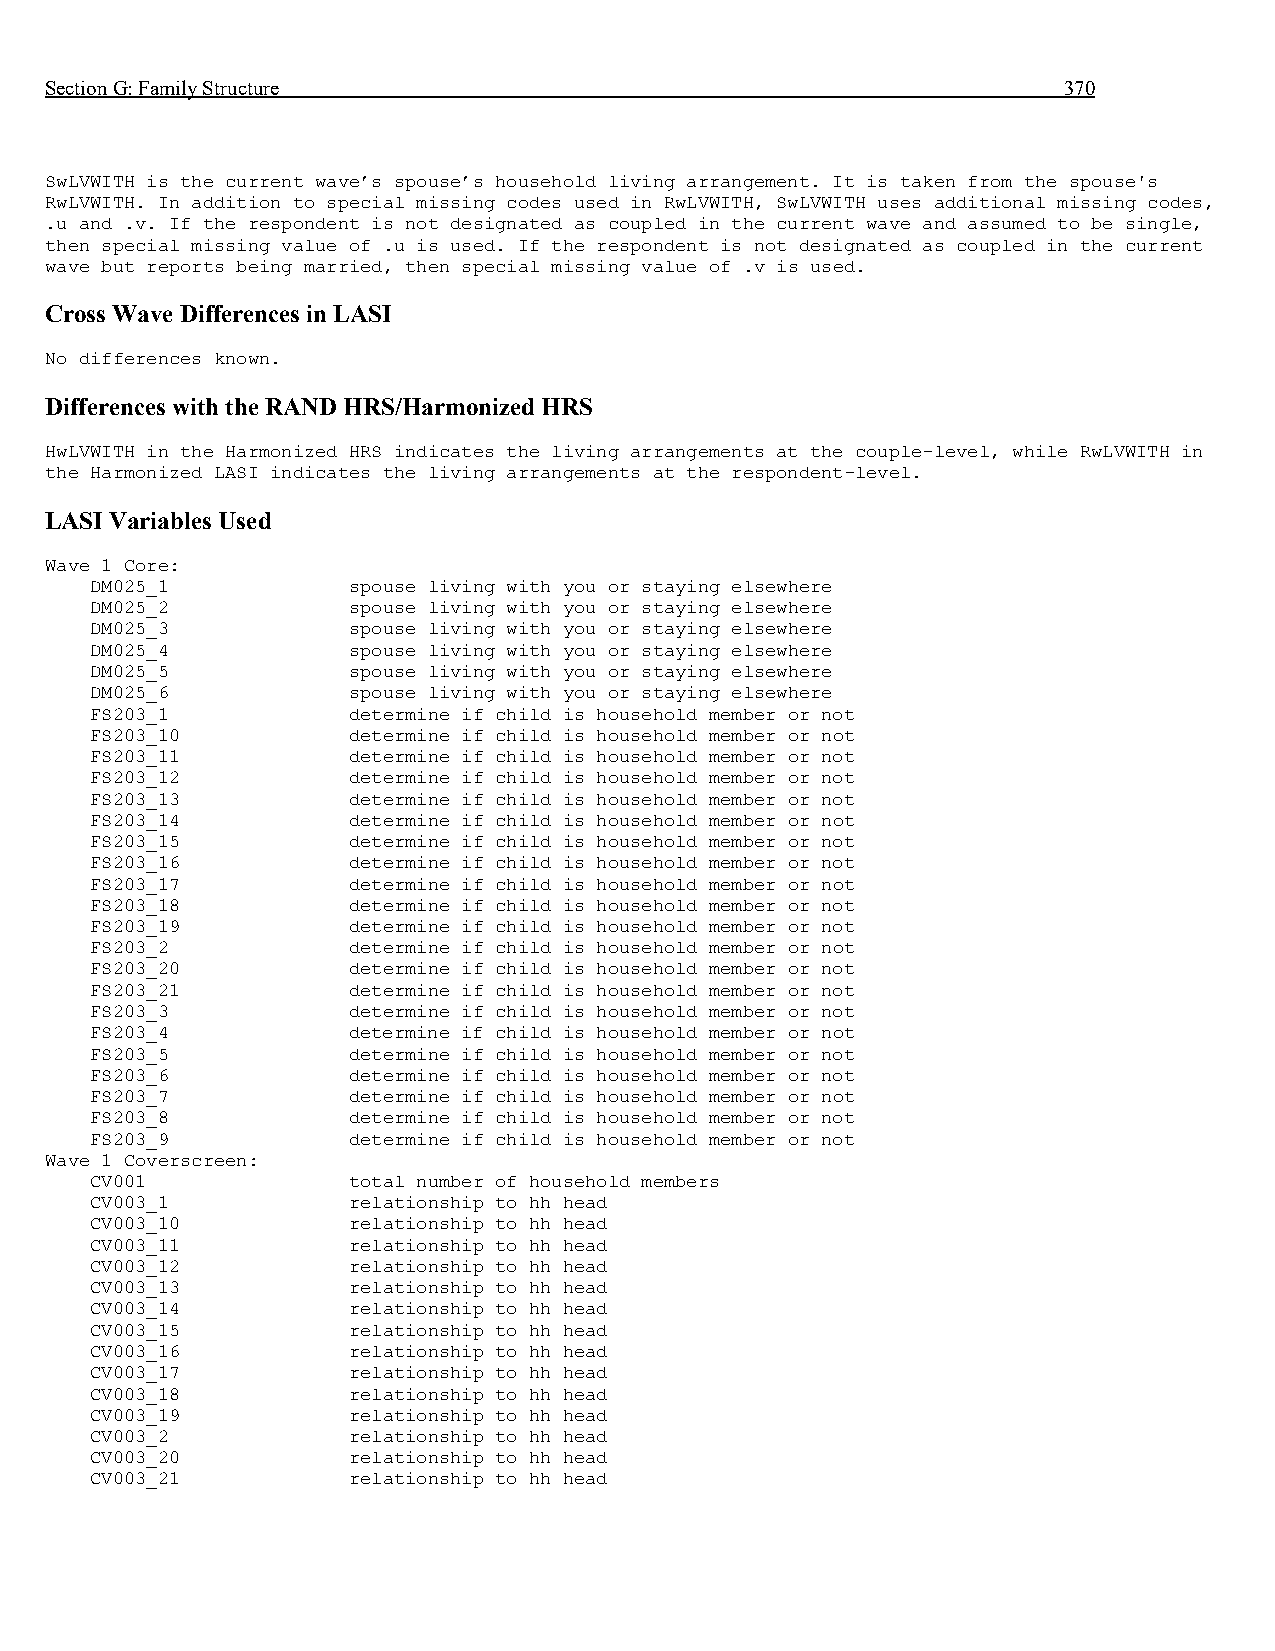
Section G: Family Structure                                        370
 SwLVWITH is the current wave’s spouse’s household living arrangement. It is taken from the spouse's
 RwLVWITH. In addition to special missing codes used in RwLVWITH, SwLVWITH uses additional missing codes,
 .u and .v. If the respondent is not designated as coupled in the current wave and assumed to be single,
 then special missing value of .u is used. If the respondent is not designated as coupled in the current
 wave but reports being married, then special missing value of .v is used.
 Cross Wave Differences in LASI
 No differences known.
 Differences with the RAND HRS/Harmonized HRS
 HwLVWITH in the Harmonized HRS indicates the living arrangements at the couple-level, while RwLVWITH in
 the Harmonized LASI indicates the living arrangements at the respondent-level.
 LASI Variables Used
 Wave 1 Core:
 DM025_1          spouse living with you or staying elsewhere
 DM025_2          spouse living with you or staying elsewhere
 DM025_3          spouse living with you or staying elsewhere
 DM025_4          spouse living with you or staying elsewhere
 DM025_5          spouse living with you or staying elsewhere
 DM025_6          spouse living with you or staying elsewhere
 FS203_1          determine if child is household member or not
 FS203_10         determine if child is household member or not
 FS203_11         determine if child is household member or not
 FS203_12         determine if child is household member or not
 FS203_13         determine if child is household member or not
 FS203_14         determine if child is household member or not
 FS203_15         determine if child is household member or not
 FS203_16         determine if child is household member or not
 FS203_17         determine if child is household member or not
 FS203_18         determine if child is household member or not
 FS203_19         determine if child is household member or not
 FS203_2          determine if child is household member or not
 FS203_20         determine if child is household member or not
 FS203_21         determine if child is household member or not
 FS203_3          determine if child is household member or not
 FS203_4          determine if child is household member or not
 FS203_5          determine if child is household member or not
 FS203_6          determine if child is household member or not
 FS203_7          determine if child is household member or not
 FS203_8          determine if child is household member or not
 FS203_9          determine if child is household member or not
 Wave 1 Coverscreen:
 CV001            total number of household members
 CV003_1          relationship to hh head
 CV003_10         relationship to hh head
 CV003_11         relationship to hh head
 CV003_12         relationship to hh head
 CV003_13         relationship to hh head
 CV003_14         relationship to hh head
 CV003_15         relationship to hh head
 CV003_16         relationship to hh head
 CV003_17         relationship to hh head
 CV003_18         relationship to hh head
 CV003_19         relationship to hh head
 CV003_2          relationship to hh head
 CV003_20         relationship to hh head
 CV003_21         relationship to hh head